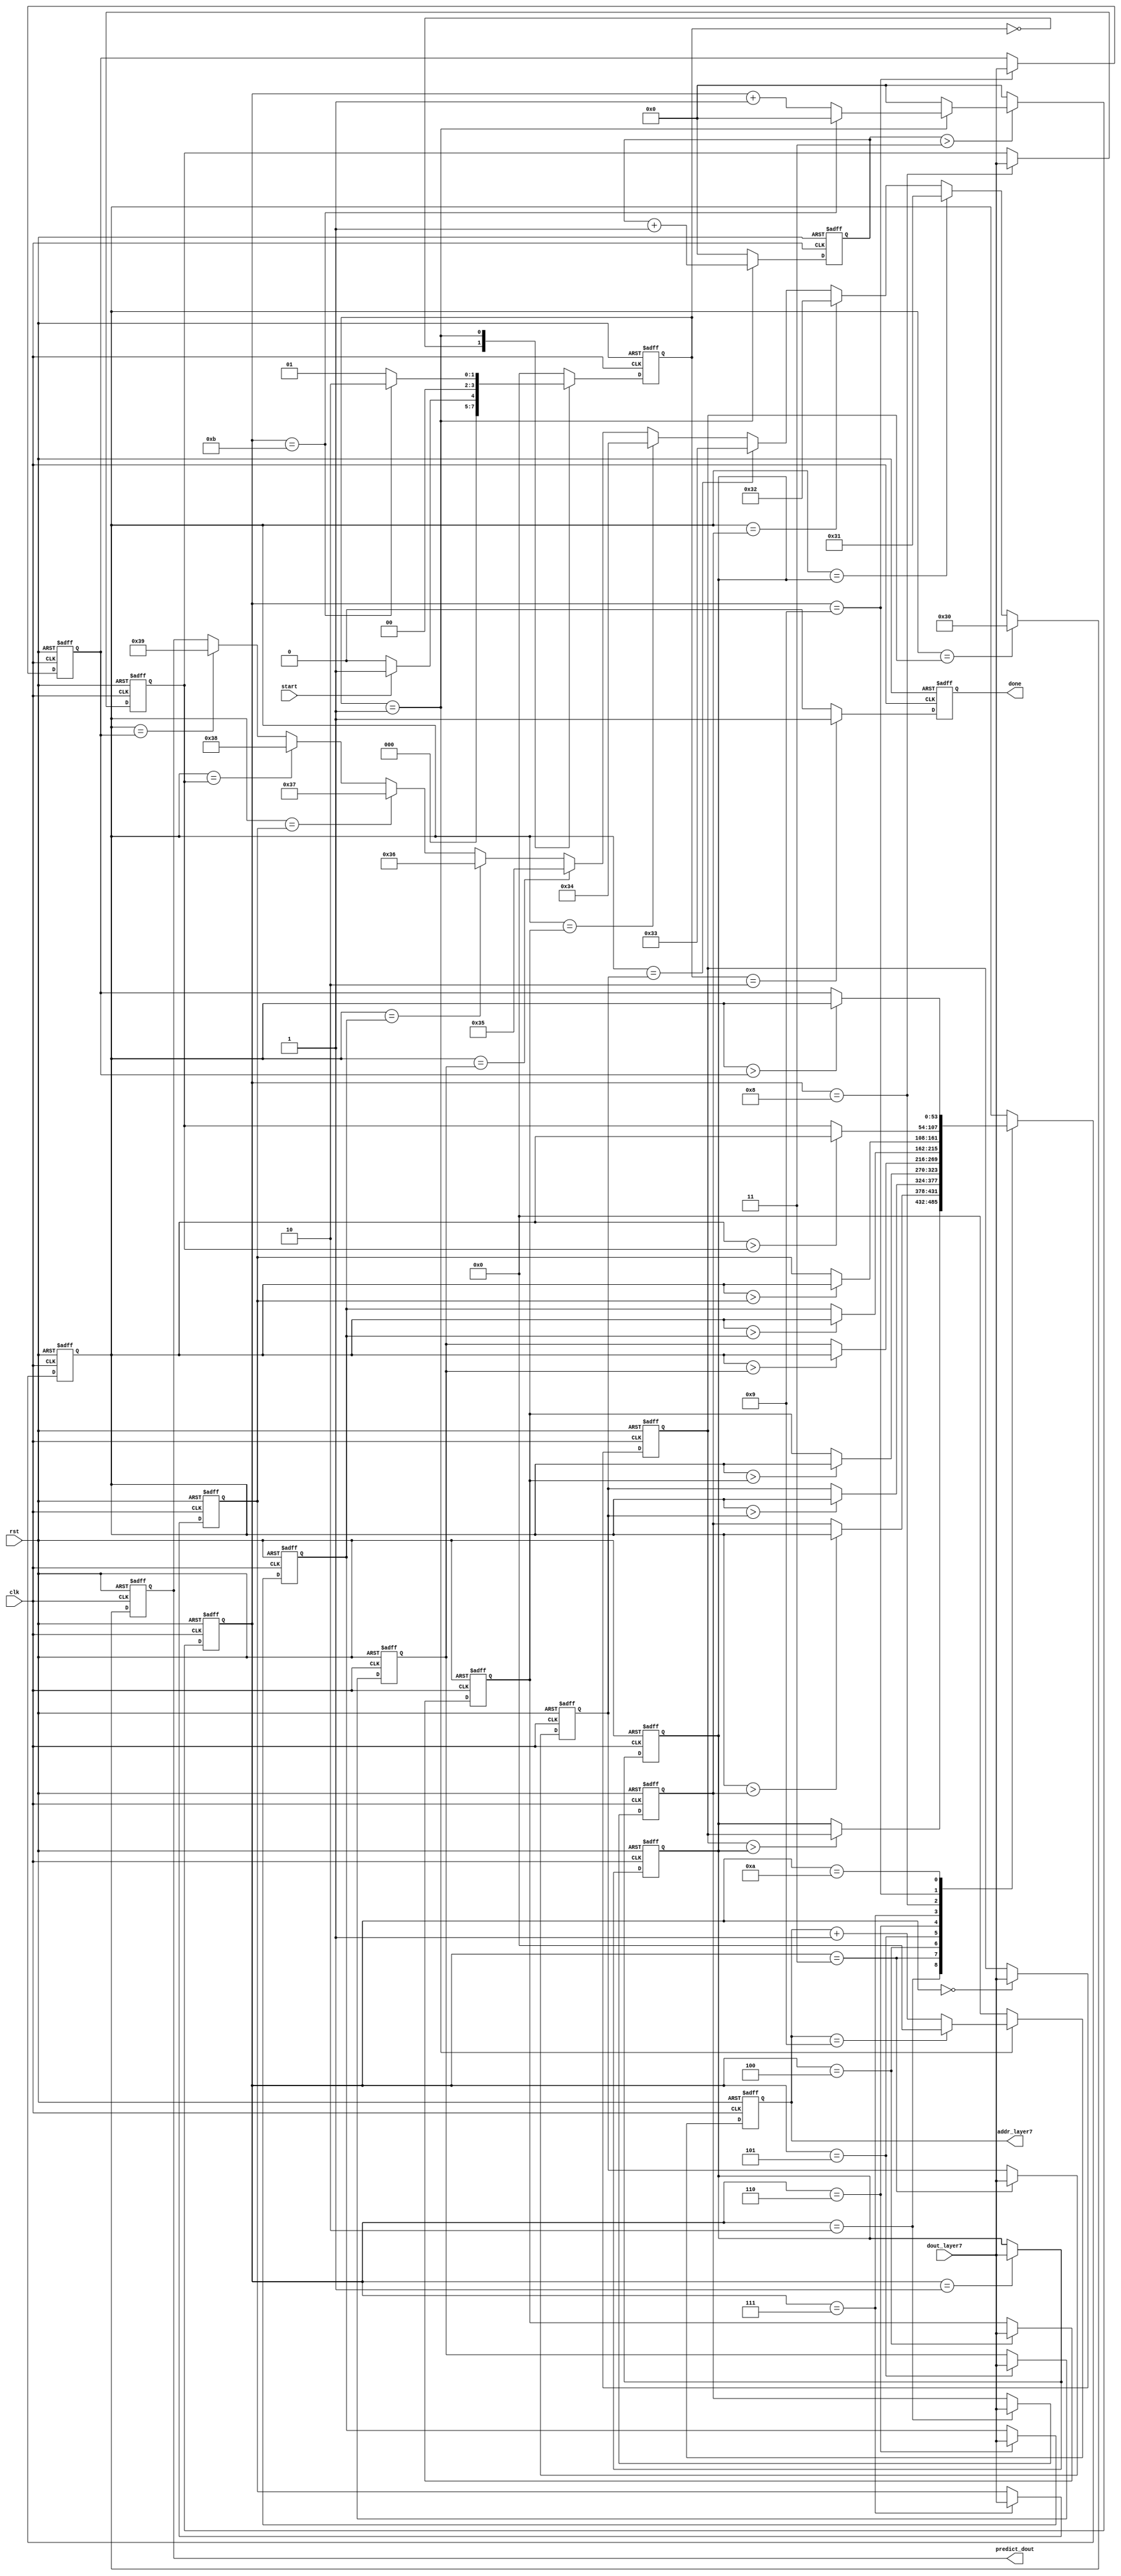
`timescale 1ns / 1ps
//////////////////////////////////////////////////////////////////////////////////
// Company: 
// Engineer: 
// 
// Design Name: 
// Module Name: predict
// Project Name: 
// Target Devices: 
// Tool Versions: 
// Description: 
// 
// Dependencies: 
// 
// Revision:
// Revision 0.01 - File Created
// Additional Comments:
// 
//////////////////////////////////////////////////////////////////////////////////


module predict(clk, start, rst, dout_layer7, addr_layer7, predict_dout, done);
input clk, rst,start;
input signed [53:0] dout_layer7;
output reg [3:0] addr_layer7;
output reg done;
output reg [7:0] predict_dout;
reg [3:0] state;
reg signed [53:0] zero, one, two, three, four, five, six, seven, eight, nine, predict;
reg [6:0] cnt_entire, cnt_predict;


localparam IDLE = 3'd0, PREDICT = 3'd1, DONE = 3'd2;
always@(posedge clk or posedge rst)
begin
    if(rst)
        state <= IDLE;
    else
       case(state)
        IDLE : if(start) state <= PREDICT ; else state <= IDLE;
        PREDICT : if(cnt_predict == 11) state <= DONE; else state <= PREDICT;
        //DONE : if(addr_layer7 == 9) state <= IDLE; else state <= DONE; //good write?  confirm
        DONE : state <= IDLE;
        default state <= IDLE;
        endcase
 end
        
always@(posedge clk or posedge rst)
begin
    if(rst)
        addr_layer7 <= 7'd0;
    else
        case(state)
            PREDICT : if(addr_layer7 == 9) addr_layer7 <= 7'd0; else addr_layer7 <= addr_layer7 + 1'd1 ;
            default : addr_layer7 <= 7'd0;
            endcase
end 
 
always@(posedge clk or posedge rst)
begin
    if(rst)
        cnt_entire <= 7'd0;
    else
        case(state)
            PREDICT : cnt_entire <= cnt_entire + 1'd1;
            default : cnt_entire <= 7'd0;
            endcase
end
                
always@(posedge clk or posedge rst)
begin
    if(rst)
        cnt_predict <= 7'd0;
     else
        if(cnt_entire > 3)
        case(state)
            PREDICT : if(cnt_predict== 11) cnt_predict <= 7'd0; else cnt_predict <= cnt_predict + 1'd1 ;
            default : cnt_predict<= 7'd0;
            endcase
        else
            cnt_predict <= 7'd0; 
end 

always@(posedge clk or posedge rst)
begin
    if(rst)
        zero <= 7'd0;
    else
        case(cnt_predict)
        0 : zero <= dout_layer7;
        default : zero <= zero;
        endcase
 end    
always@(posedge clk or posedge rst)
begin
    if(rst)
        one <= 7'd0;
    else
        case(cnt_predict)
        1 : one <=  dout_layer7;
        default : one <= one;
        endcase
 end    
always@(posedge clk or posedge rst)
begin
    if(rst)
        one <= 7'd0;
    else
        case(cnt_predict)
        1 : one <=  dout_layer7;
        default : one <= one;
        endcase
 end    
always@(posedge clk or posedge rst)
begin
    if(rst)
        two <= 7'd0;
    else
        case(cnt_predict)
        2 : two <=  dout_layer7;
        default : two <= two;
        endcase
 end    
always@(posedge clk or posedge rst)
begin
    if(rst)
        three <= 7'd0;
    else
        case(cnt_predict)
        3 : three <=  dout_layer7;
        default : three <= three;
        endcase
 end    
always@(posedge clk or posedge rst)
begin
    if(rst)
        four <= 7'd0;
    else
        case(cnt_predict)
        4 : four <=  dout_layer7;
        default : four <= four;
        endcase
 end    
always@(posedge clk or posedge rst)
begin
    if(rst)
        five <= 7'd0;
    else
        case(cnt_predict)
        5 : five <=  dout_layer7;
        default : five <= five;
        endcase
 end    
always@(posedge clk or posedge rst)
begin
    if(rst)
        six <= 7'd0;
    else
        case(cnt_predict)
        6 : six <=  dout_layer7;
        default : six <= six;
        endcase
 end    
always@(posedge clk or posedge rst) 
 begin
    if(rst)
        seven <= 7'd0;
    else
        case(cnt_predict)
        7 : seven <=  dout_layer7;
        default : seven <= seven;
        endcase
 end    
 always@(posedge clk or posedge rst)
 begin
    if(rst)
        eight <= 7'd0;
    else
        case(cnt_predict)
        8 : eight <=  dout_layer7;
        default : eight <= eight;
        endcase
 end    
 
 always@(posedge clk or posedge rst)
 begin
    if(rst)
        nine <= 7'd0;
    else
        case(cnt_predict)
        9 : nine <=  dout_layer7;
        default : nine <= nine;
        endcase
 end    
 
  always@(posedge clk or posedge rst)
 begin
    if(rst)
         predict <= 7'd0;
    else     
         case(cnt_predict)
            1 : predict <= predict;
            2 : predict <= (zero > one) ? zero : one;
            3 : predict <= (predict > two) ? predict : two;
            4 : predict <= (predict > three) ? predict : three;
            5 : predict <= (predict > four) ? predict : four;
            6 : predict <= (predict > five) ? predict : five;
            7 : predict <= (predict > six) ? predict : six; 
            8 : predict <= (predict > seven) ? predict : seven;
            9 : predict <= (predict > eight) ? predict : eight;
           10 : predict <= (predict > nine) ? predict : nine;
           default : predict <= predict;
           endcase
end  
  always@(posedge clk or posedge rst)
 begin
    if(rst)
         predict_dout <= 7'd0;
    else
        case(predict)
        zero : predict_dout <= 8'd48;
        one : predict_dout <= 8'd49;
        two : predict_dout <= 8'd50;
        three : predict_dout <= 8'd51;
        four : predict_dout <= 8'd52;
        five : predict_dout <= 8'd53;
        six : predict_dout <= 8'd54;
        seven : predict_dout <= 8'd55;
        eight : predict_dout <= 8'd56;
        nine : predict_dout <= 8'd57;
        default : predict_dout <= predict_dout;
        endcase
end  
always@(posedge clk or posedge rst)
begin
    if(rst)
        done <= 1'd0;
    else
        case(state)
        DONE : done <= 1'd1;
        default : done <= 1'd0;
        endcase
end
                
endmodule